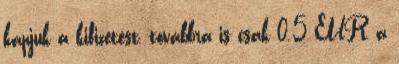
kapjuk a kifizetést, továbbra is csak 0.5 EUR a